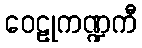
ဝေဠုကဏ္ဍကီ